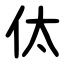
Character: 㑀